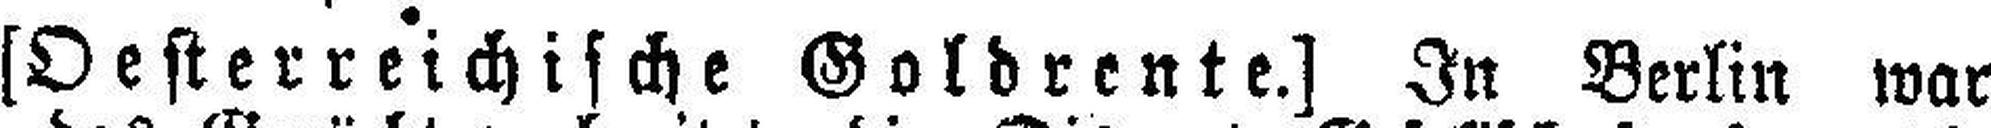
[Oesterreichische Goldrente.] In Berlin war